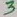
Text: 3